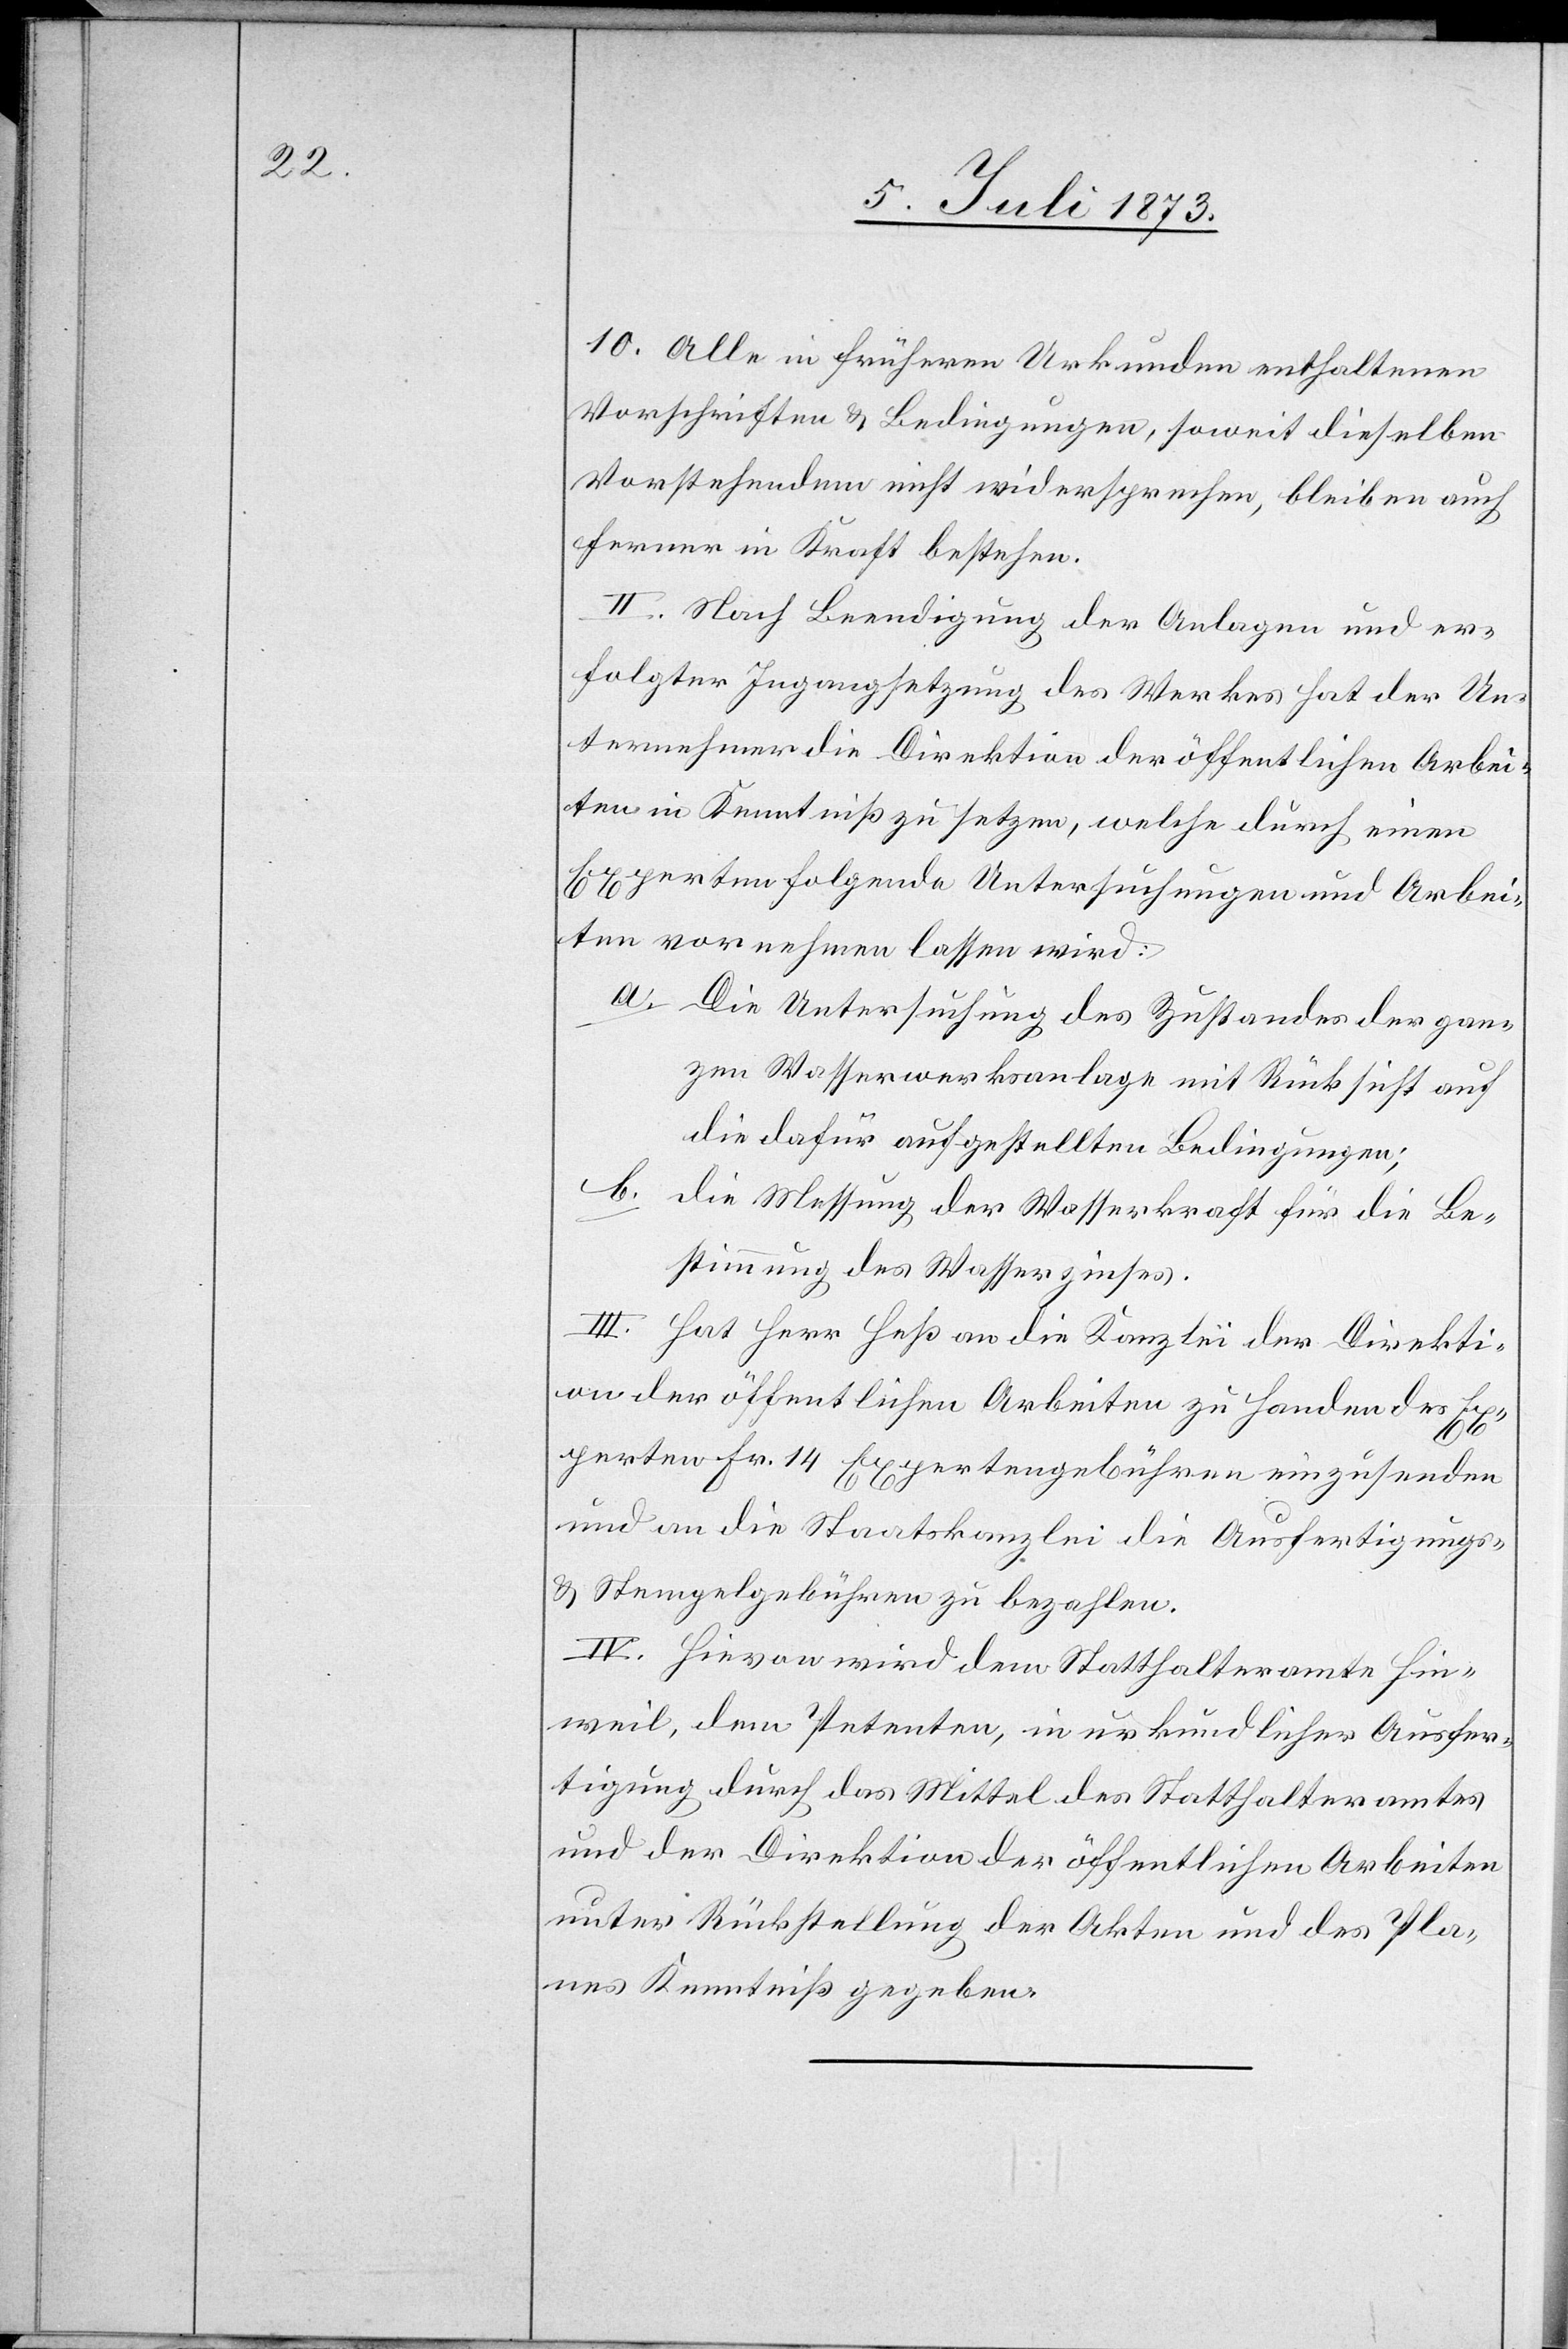
10. Alle in früheren Urkunden enthaltenen
Vorschriften & Bedingungen, soweit dieselben
Vorstehendem nicht widersprechen, bleiben auch
ferner in Kraft bestehen.
II. Nach Beendigung der Anlagen und er¬
folgter Ingangsetzung des Werkes hat der Un¬
ternehmer die Direktion der öffentlichen Arbei¬
ten in Kenntniß zu setzen, welche durch einen
Experten folgende Untersuchungen und Arbei¬
ten vornehmen lassen wird:
a. Die Untersuchung des Zustandes der gan¬
zen Wasserwerksanlage mit Rücksicht auf
die dafür aufgestellten Bedingungen;
b. die Messung der Wasserkraft für die Be¬
stimmung des Wasserzinses.
III. Hat Herr Heß an die Kanzlei der Direkti¬
on der öffentlichen Arbeiten zu Handen des Ex¬
perten Fr. 14 Expertengebühren einzusenden
und an die Staatskanzlei die Ausfertigungs-
& Stempelgebühren zu bezahlen.
IV. Hievon wird dem Statthalteramte Hin¬
weil, dem Petenten, in urkundlicher Ausfer¬
tigung durch das Mittel des Statthalteramtes
und der Direktion der öffentlichen Arbeiten
unter Rückstellung der Akten und des Pla¬
nes Kenntniß gegeben.